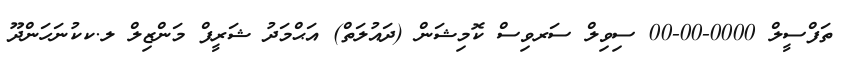
ތަފްސީލް 0000-00-00 ސިވިލް ސަރވިސް ކޮމިޝަން (ދައުލަތް) އަޙްމަދު ޝަރީފް މަންޒިލް ލ.ކކުނަހަންދޫ